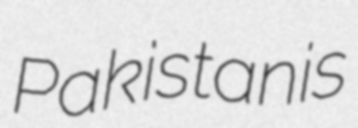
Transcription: Pakistanis